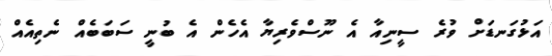
އަޅުގަނޑަށް ވުރެ ސީނިއާ އެ ނޫސްވެރިޔާ އެހެން އެ ބުނީ ސަބަބެއް ނެތިއެއް